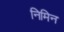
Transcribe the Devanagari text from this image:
निमिन